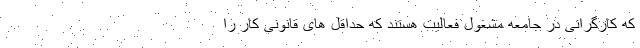
که کارگرانی در جامعه مشغول فعالیت هستند که حداقل های قانونی کار را